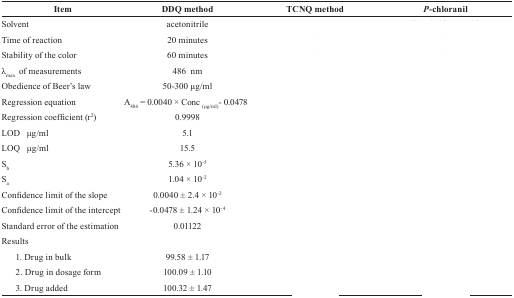
<table><thead><tr><td><b>Item</b></td><td><b>DDQ method</b></td><td><b>TCNQ method</b></td><td><b><i>P</i>-chloranil</b></td></tr></thead><tbody><tr><td>Solvent</td><td>acetonitrile</td><td>[EMPTY_CELL]</td><td>[EMPTY_CELL]</td></tr><tr><td>Time of reaction</td><td>20 minutes</td><td>[EMPTY_CELL]</td><td>[EMPTY_CELL]</td></tr><tr><td>Stability of the color</td><td>60 minutes</td><td>[EMPTY_CELL]</td><td>[EMPTY_CELL]</td></tr><tr><td>λ<sub>max</sub> of measurements</td><td>486 nm</td><td>[EMPTY_CELL]</td><td>[EMPTY_CELL]</td></tr><tr><td>Obedience of Beer’s law</td><td>50-300 μg/ml</td><td>[EMPTY_CELL]</td><td>[EMPTY_CELL]</td></tr><tr><td>Regression equation</td><td>A<sub>486</sub> = 0.0040 × Conc<sub>(μg/ml)</sub> - 0.0478</td><td>[EMPTY_CELL]</td><td>[EMPTY_CELL]</td></tr><tr><td>Regression coefficient (r<sup>2</sup>)</td><td>0.9998</td><td>[EMPTY_CELL]</td><td>[EMPTY_CELL]</td></tr><tr><td>LOD μg/ml</td><td>5.1</td><td>[EMPTY_CELL]</td><td>[EMPTY_CELL]</td></tr><tr><td>LOQ μg/ml</td><td>15.5</td><td>[EMPTY_CELL]</td><td>[EMPTY_CELL]</td></tr><tr><td>S<sub>b</sub></td><td>5.36 × 10<sup>-5</sup></td><td>[EMPTY_CELL]</td><td>[EMPTY_CELL]</td></tr><tr><td>S<sub>a</sub></td><td>1.04 × 10<sup>-2</sup></td><td>[EMPTY_CELL]</td><td>[EMPTY_CELL]</td></tr><tr><td>Confidence limit of the slope</td><td>0.0040 ± 2.4 × 10<sup>-2</sup></td><td>[EMPTY_CELL]</td><td>[EMPTY_CELL]</td></tr><tr><td>Confidence limit of the intercept</td><td>-0.0478 ± 1.24 × 10<sup>-4</sup></td><td>[EMPTY_CELL]</td><td>[EMPTY_CELL]</td></tr><tr><td>Standard error of the estimation</td><td>0.01122</td><td>[EMPTY_CELL]</td><td>[EMPTY_CELL]</td></tr><tr><td>Results</td><td>[EMPTY_CELL]</td><td>[EMPTY_CELL]</td><td>[EMPTY_CELL]</td></tr><tr><td>1. Drug in bulk</td><td>99.58 ± 1.17</td><td>[EMPTY_CELL]</td><td>[EMPTY_CELL]</td></tr><tr><td>2. Drug in dosage form</td><td>100.09 ± 1.10</td><td>[EMPTY_CELL]</td><td>[EMPTY_CELL]</td></tr><tr><td>3. Drug added</td><td>100.32 ± 1.47</td><td>[EMPTY_CELL]</td><td>[EMPTY_CELL]</td></tr></tbody></table>